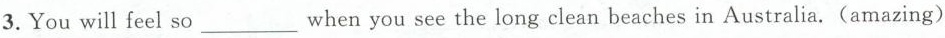
3.You will feel so___when you see the long clean beaches in Australia.(amazing)